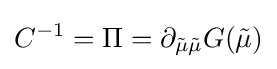
C^{-1}=\Pi =\partial _{{\tilde {\mu }}{\tilde {\mu }}}G({\tilde {\mu }})